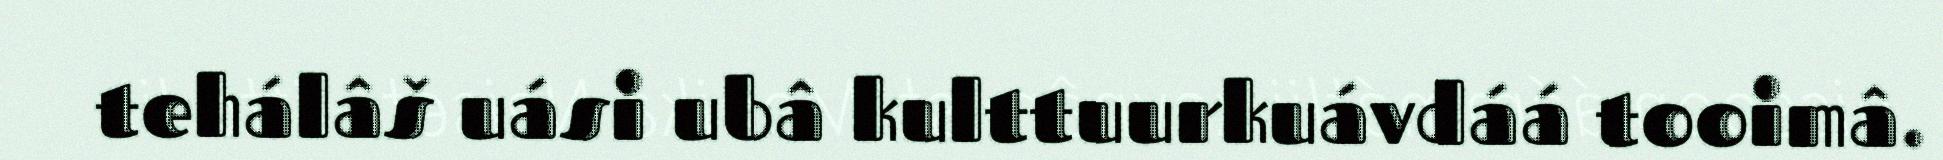
tehálâš uási ubâ kulttuurkuávdáá tooimâ.